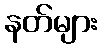
နတ်များ